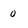
Character: 0